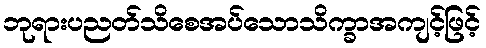
ဘုရားပညတ်သိစေအပ်သောသိက္ခာအကျင့်ဖြင့်